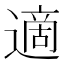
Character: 適